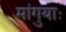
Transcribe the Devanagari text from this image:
मांगुयाः